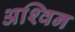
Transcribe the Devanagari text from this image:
अश्‍िवन